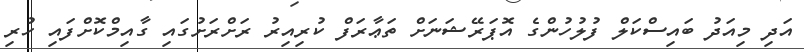
އަދި މިއަދު ބައިސްކަލް ފުލުހުންގެ އޮޕަރޭޝަނަށް ތަޢާރަފް ކުރިއިރު ރަށްރަށުގައި ގާއިމްކޮށްފައި ހުރި